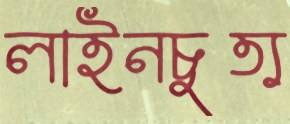
লাইনচুত্য